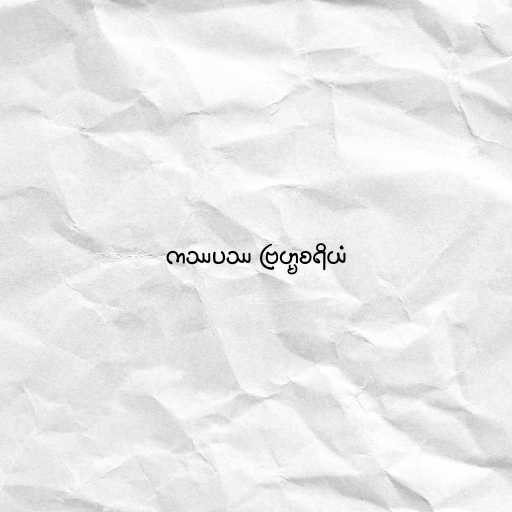
ကဿပဿ ဗြဟ္မစရိယံ